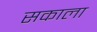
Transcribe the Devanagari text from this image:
सकाला